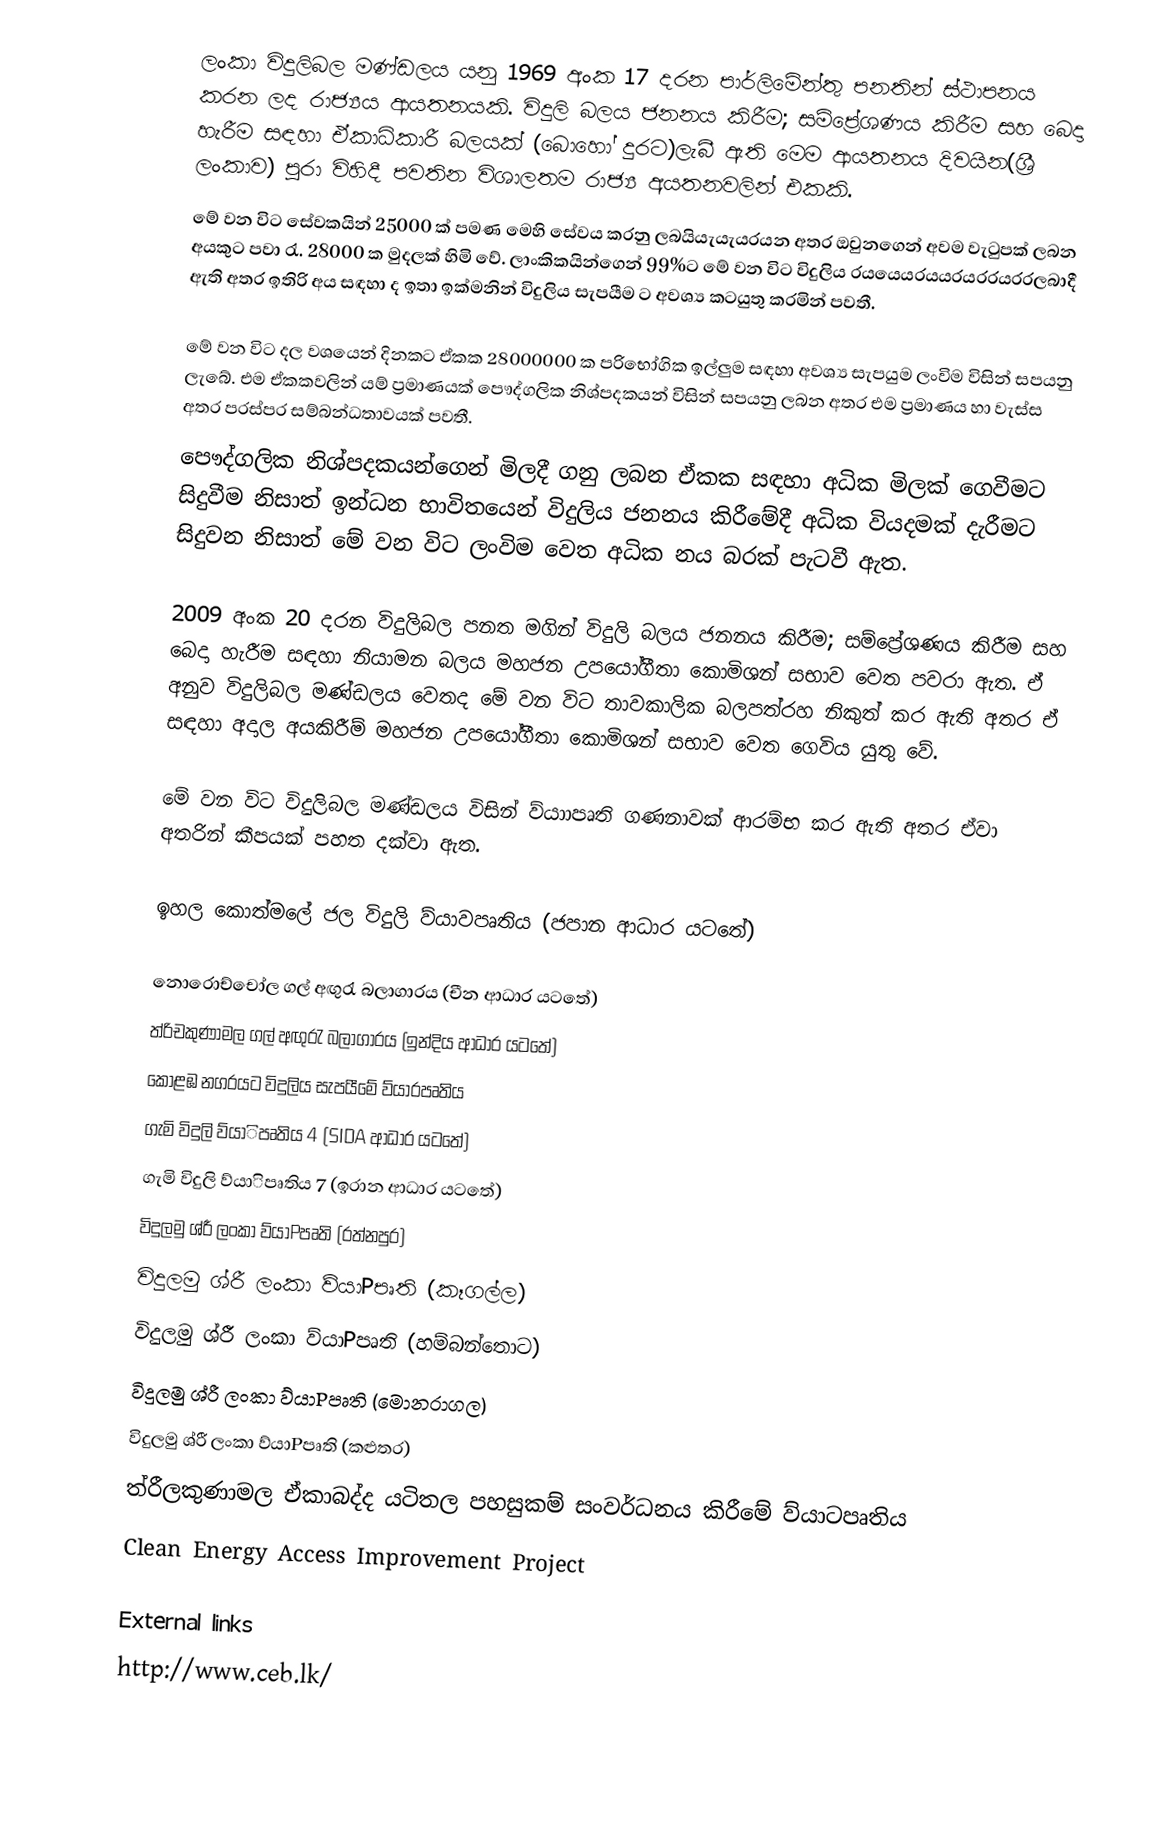
ලංකා විදුලිබල මණ්ඩලය යනු  1969 අංක 17 දරන පාර්ලි‍මේන්තු පනතින් ස්ථාපනය කරන ලද රාජ්‍යය ආයතනයකි. විදුලි බලය ජනනය කිරීම; සම්ප්‍රේශණය කිරීම සහ බෙදා හැරීම සඳහා ඒකාධිකාරී බලයක් (බොහෝ දුරට)ලැබී ඇති මෙම ආයතනය දිවයින(ශ්‍රී ලංකාව) පුරා විහිදී පවතින විශාලතම රාජ්‍ය අයතනවලින් එකකි.
මේ වන විට සේවකයින් 25000 ක් පමණ මෙහි සේවය කරනු ලබයියැයැයරයන අතර ඔවුනගෙන් අවම වැටුපක් ලබන අයකුට පවා රැ. 28000 ක මුදලක් හිමි වේ. ලාංකිකයින්ගෙන් 99%ට මේ වන විට විදුලිය රයයෙයරයයරයරරයරරලබාදී ඇති අතර ඉතිරි අය සඳහා ද ඉතා ඉක්මනින් විදුලිය සැපයීම ට අවශ්‍ය කටයුතු කරමින් පවතී.

මේ වන විට දල වශයෙන් දිනකට ඒකක 28000000 ක පරිභෝගික ඉල්ලුම සඳහා අවශ්‍ය සැපයුම ලංවිම විසින් සපයනු ලැබේ. එම ඒකකවලින් යම් ප්‍රමාණයක් පෞද්ගලික නිශ්පදකයන් විසින් සපයනු ලබන අතර එම ප්‍රමාණය හා වැස්ස අතර පරස්පර සම්බන්ධතාවයක් පවතී.
පෞද්ගලික නිශ්පදකයන්ගෙන් මිලදී ගනු ලබන ඒකක සඳහා අධික මිලක් ගෙවීමට සිදුවීම නිසාත් ඉන්ධන භාවිතයෙන් විදුලිය ජනනය කිරීමේදී අධික වියදමක් දැරීමට සිදුවන නිසාත් මේ වන විට ලංවිම වෙත අධික නය බරක් පැටවී ඇත.

2009 අංක 20 දරන විදුලිබල පනත මගින් විදුලි බලය ජනනය කිරීම; සම්ප්‍රේශණය කිරීම සහ බෙදා හැරීම සඳහා නියාමන බලය මහජන උපයෝගීතා කොමිශන් සභාව  වෙත පවරා ඇත. ඒ අනුව විදුලිබල මණ්ඩලය වෙතද මේ වන විට තාවකාලික බලපත්රහ නිකුත් කර ඇති අතර ඒ සඳහා අදාල අයකිරීම් මහජන උපයෝගීතා කොමිශන් සභාව වෙත ගෙවිය යුතු වේ.

මේ වන විට විදුලිබල මණ්ඩලය විසින් ව්යාාපෘති ගණනාවක් ආරම්භ කර ඇති අතර ඒවා අතරින් කීපයක් පහත දක්වා ඇත.

 ඉහල කොත්මලේ ජල විදුලි ව්යාවපෘතිය (ජපාන ආධාර යටතේ)

නොරොච්චෝල ගල් අඟුරැ බලාගාරය (චීන ආධාර යටතේ)
ත්රිචකුණාමල ගල් අඟුරැ බලාගාරය (ඉන්දිය ආධාර යටතේ)
කොළඹ නගරයට විදුලිය සැපයීමේ ව්යාරපෘතිය
ගැමි විදුලි ව්යාිපෘතිය 4 (SIDA ආධාර යටතේ)
ගැමි විදුලි ව්යාිපෘතිය 7 (ඉරාන ආධාර යටතේ)
විදුලමු ශ්රී  ලංකා ව්යාPපෘති (රත්නපුර)
විදුලමු ශ්රී  ලංකා ව්යාPපෘති (කෑගල්ල)
විදුලමු ශ්රී  ලංකා ව්යාPපෘති (හම්බන්තොට)
විදුලමු ශ්රී  ලංකා ව්යාPපෘති (මොනරාගල)
විදුලමු ශ්රී  ලංකා ව්යාPපෘති (කළුතර)
ත්රීලකුණාමල ඒකාබද්ද යටිතල පහසුකම් සංවර්ධනය කිරීමේ ව්යාටපෘතිය
Clean Energy Access Improvement Project

External links
 http://www.ceb.lk/